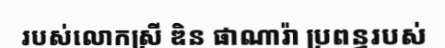
របស់លោកស្រី ឌិន ផាណារ៉ា ប្រពន្ធរបស់